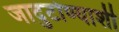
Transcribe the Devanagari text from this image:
जादुटोण्याशी